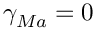
\gamma _ { M a } = 0